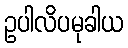
ဥပါလိပမုခါယ